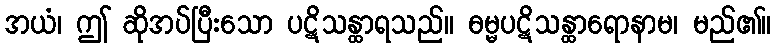
အယံ၊ ဤ ဆိုအပ်ပြီးသော ပဋိသန္ထာရသည်။ ဓမ္မပဋိသန္ထာရောနာမ၊ မည်၏။